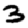
Digit: 3